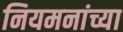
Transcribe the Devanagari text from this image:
नियमनांच्या